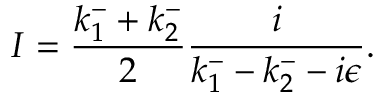
I = \frac { k _ { 1 } ^ { - } + k _ { 2 } ^ { - } } { 2 } \frac { i } { k _ { 1 } ^ { - } - k _ { 2 } ^ { - } - i \epsilon } .